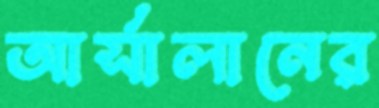
আর্সালানের